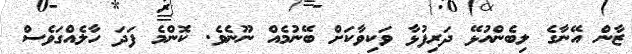
ޒާން އޭނާގެ ލިބެންއުޅޭ ދަރިފުޅާ ވަކިވާކަށް ބޭނުމެއް ނޫނެވެ. ކޮންމެ ފަދަ ހާލެއްގަވެސް